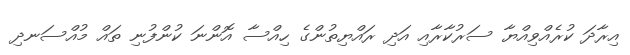
އިރާދަ ކުރެއްވިއްޔާ ސަރުކާރާއި އަދި ރައްޔިތުންގެ ހިއްސާ އޮންނަ ކުންފުނި ތައް މުއްސަނދި